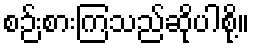
စဉ်းစားကြသည်ဆိုပါစို့။